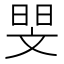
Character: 𮲗